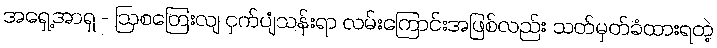
အရှေ့အာရှ - ဩစတြေးလျ ငှက်ပျံသန်းရာ လမ်းကြောင်းအဖြစ်လည်း သတ်မှတ်ခံထားရတဲ့